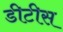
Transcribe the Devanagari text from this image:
डीटीस